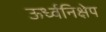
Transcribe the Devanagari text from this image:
ऊर्ध्वनिक्षेप